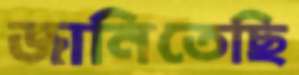
জানিতেছি